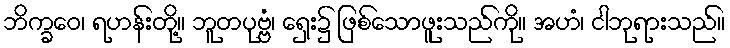
ဘိက္ခဝေ၊ ရဟန်းတို့။ ဘူတပုဗ္ဗံ၊ ရှေး၌ ဖြစ်သောဖူးသည်ကို။ အဟံ၊ ငါဘုရားသည်။